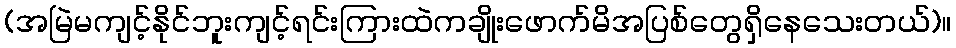
(အမြဲမကျင့်နိုင်ဘူးကျင့်ရင်းကြားထဲကချိုးဖောက်မိအပြစ်တွေရှိနေသေးတယ်)။